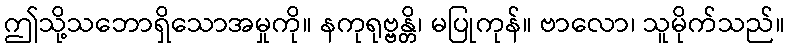
ဤသို့သဘောရှိသောအမှုကို။ နကုရုဗ္ဗန္တိ၊ မပြုကုန်။ ဗာလော၊ သူမိုက်သည်။